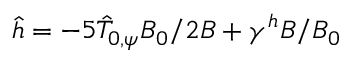
\hat { h } = - 5 \hat { T } _ { 0 , \psi } B _ { 0 } / 2 B + \gamma ^ { h } B / B _ { 0 }